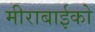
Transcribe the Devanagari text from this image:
मीराबाईको